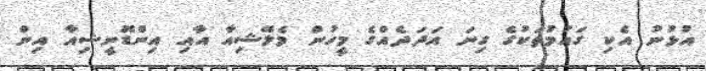
އުޅުނު އެކި ގައުމުތަކުގެ ގިނަ އަދަދެއްގެ މީހުން މެލޭޝިއާ އާއި އިންޑޮނީޝިއާ އިން